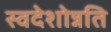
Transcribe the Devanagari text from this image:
स्वदेशोन्नति